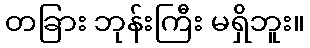
တခြား ဘုန်းကြီး မရှိဘူး။